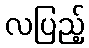
လပြည့်